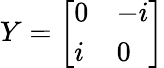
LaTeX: Y={\left[\begin{array}{ll}{0}&{-i}\\ {i}&{0}\end{array}\right]}